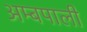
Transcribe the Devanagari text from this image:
अम्बपाली